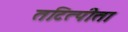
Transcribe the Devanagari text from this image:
तटित्पीता